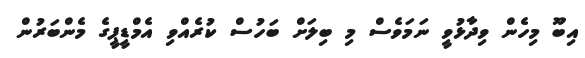
އިބޫ މިހެން ވިދާޅުވީ ނަމަވެސް މި ބިލަށް ބަހުސް ކުރެއްވި އެމްޑީޕީގެ މެންބަރުން